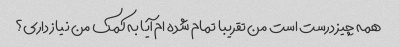
همه چیز درست است من تقریبا تمام شده ام آیا به کمک من نیاز داری؟